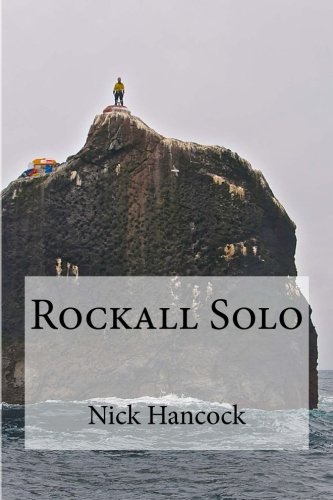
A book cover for Rockall Solo: 45 days of Discipline, Optimism and Endurance; Nick Hancock FRGS; Travel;